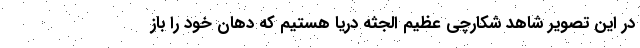
در این تصویر شاهد شکارچی عظیم الجثه دریا هستیم که دهان خود را باز